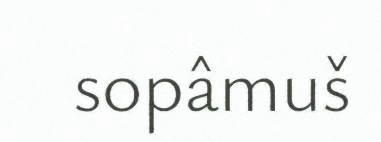
sopâmuš